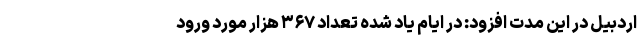
اردبیل در این مدت افزود: در ایام یاد شده تعداد ۳۶۷ هزار مورد ورود